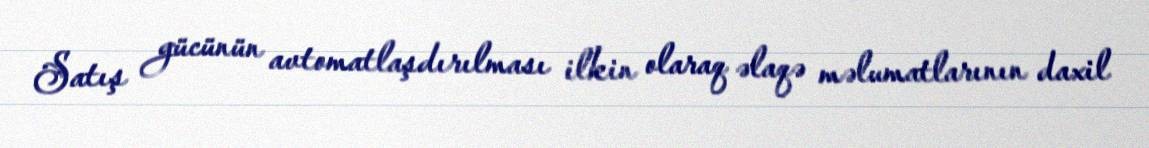
Satış gücünün avtomatlaşdırılması ilkin olaraq əlaqə məlumatlarının daxil